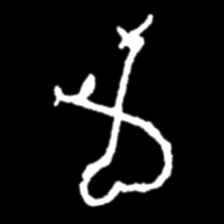
Pyu character \u2014 Myanmar letter: မ (romanized: ma)